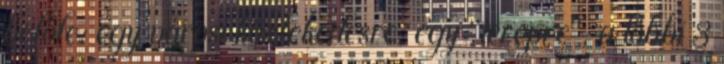
belőle: egy városi közlekedésre, egy "terepre", a többi 3